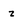
Character: z